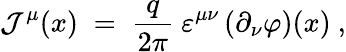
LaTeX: {\mathcal J}^{\mu}(x)\; =\; \frac{q}{2\pi}~\varepsilon^{\mu\nu}\left(\partial_{\nu}\varphi\right)(x)~,